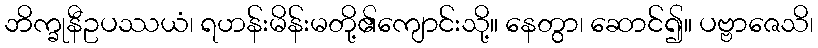
ဘိက္ခုနီဥပဿယံ၊ ရဟန်းမိန်းမတို့၏ကျောင်းသို့။ နေတွာ၊ ဆောင်၍။ ပဗ္ဗာဇေသိ၊